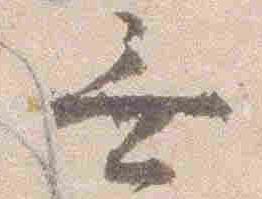
無